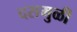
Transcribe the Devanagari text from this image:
दसमुळी